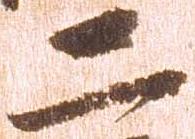
二